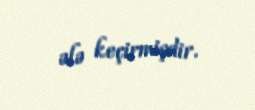
ələ keçirmişdir.